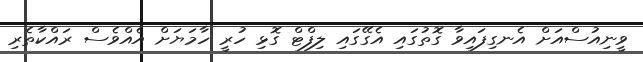
ވީނިއުސްއަށް އެނގިފައިވާ ގޮތުގައި އެގޭގައި ލިފްޓް ގޮޅި ހުރީ ހާމަޔަށް އެއްވެސް ރައްކާތެރި